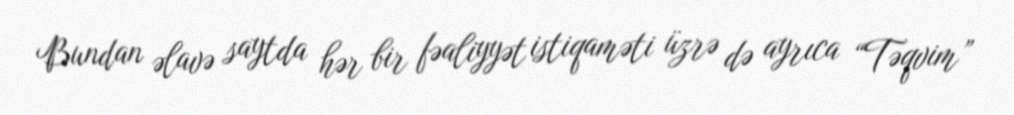
Bundan əlavə saytda hər bir fəaliyyət istiqaməti üzrə də ayrıca “Təqvim”